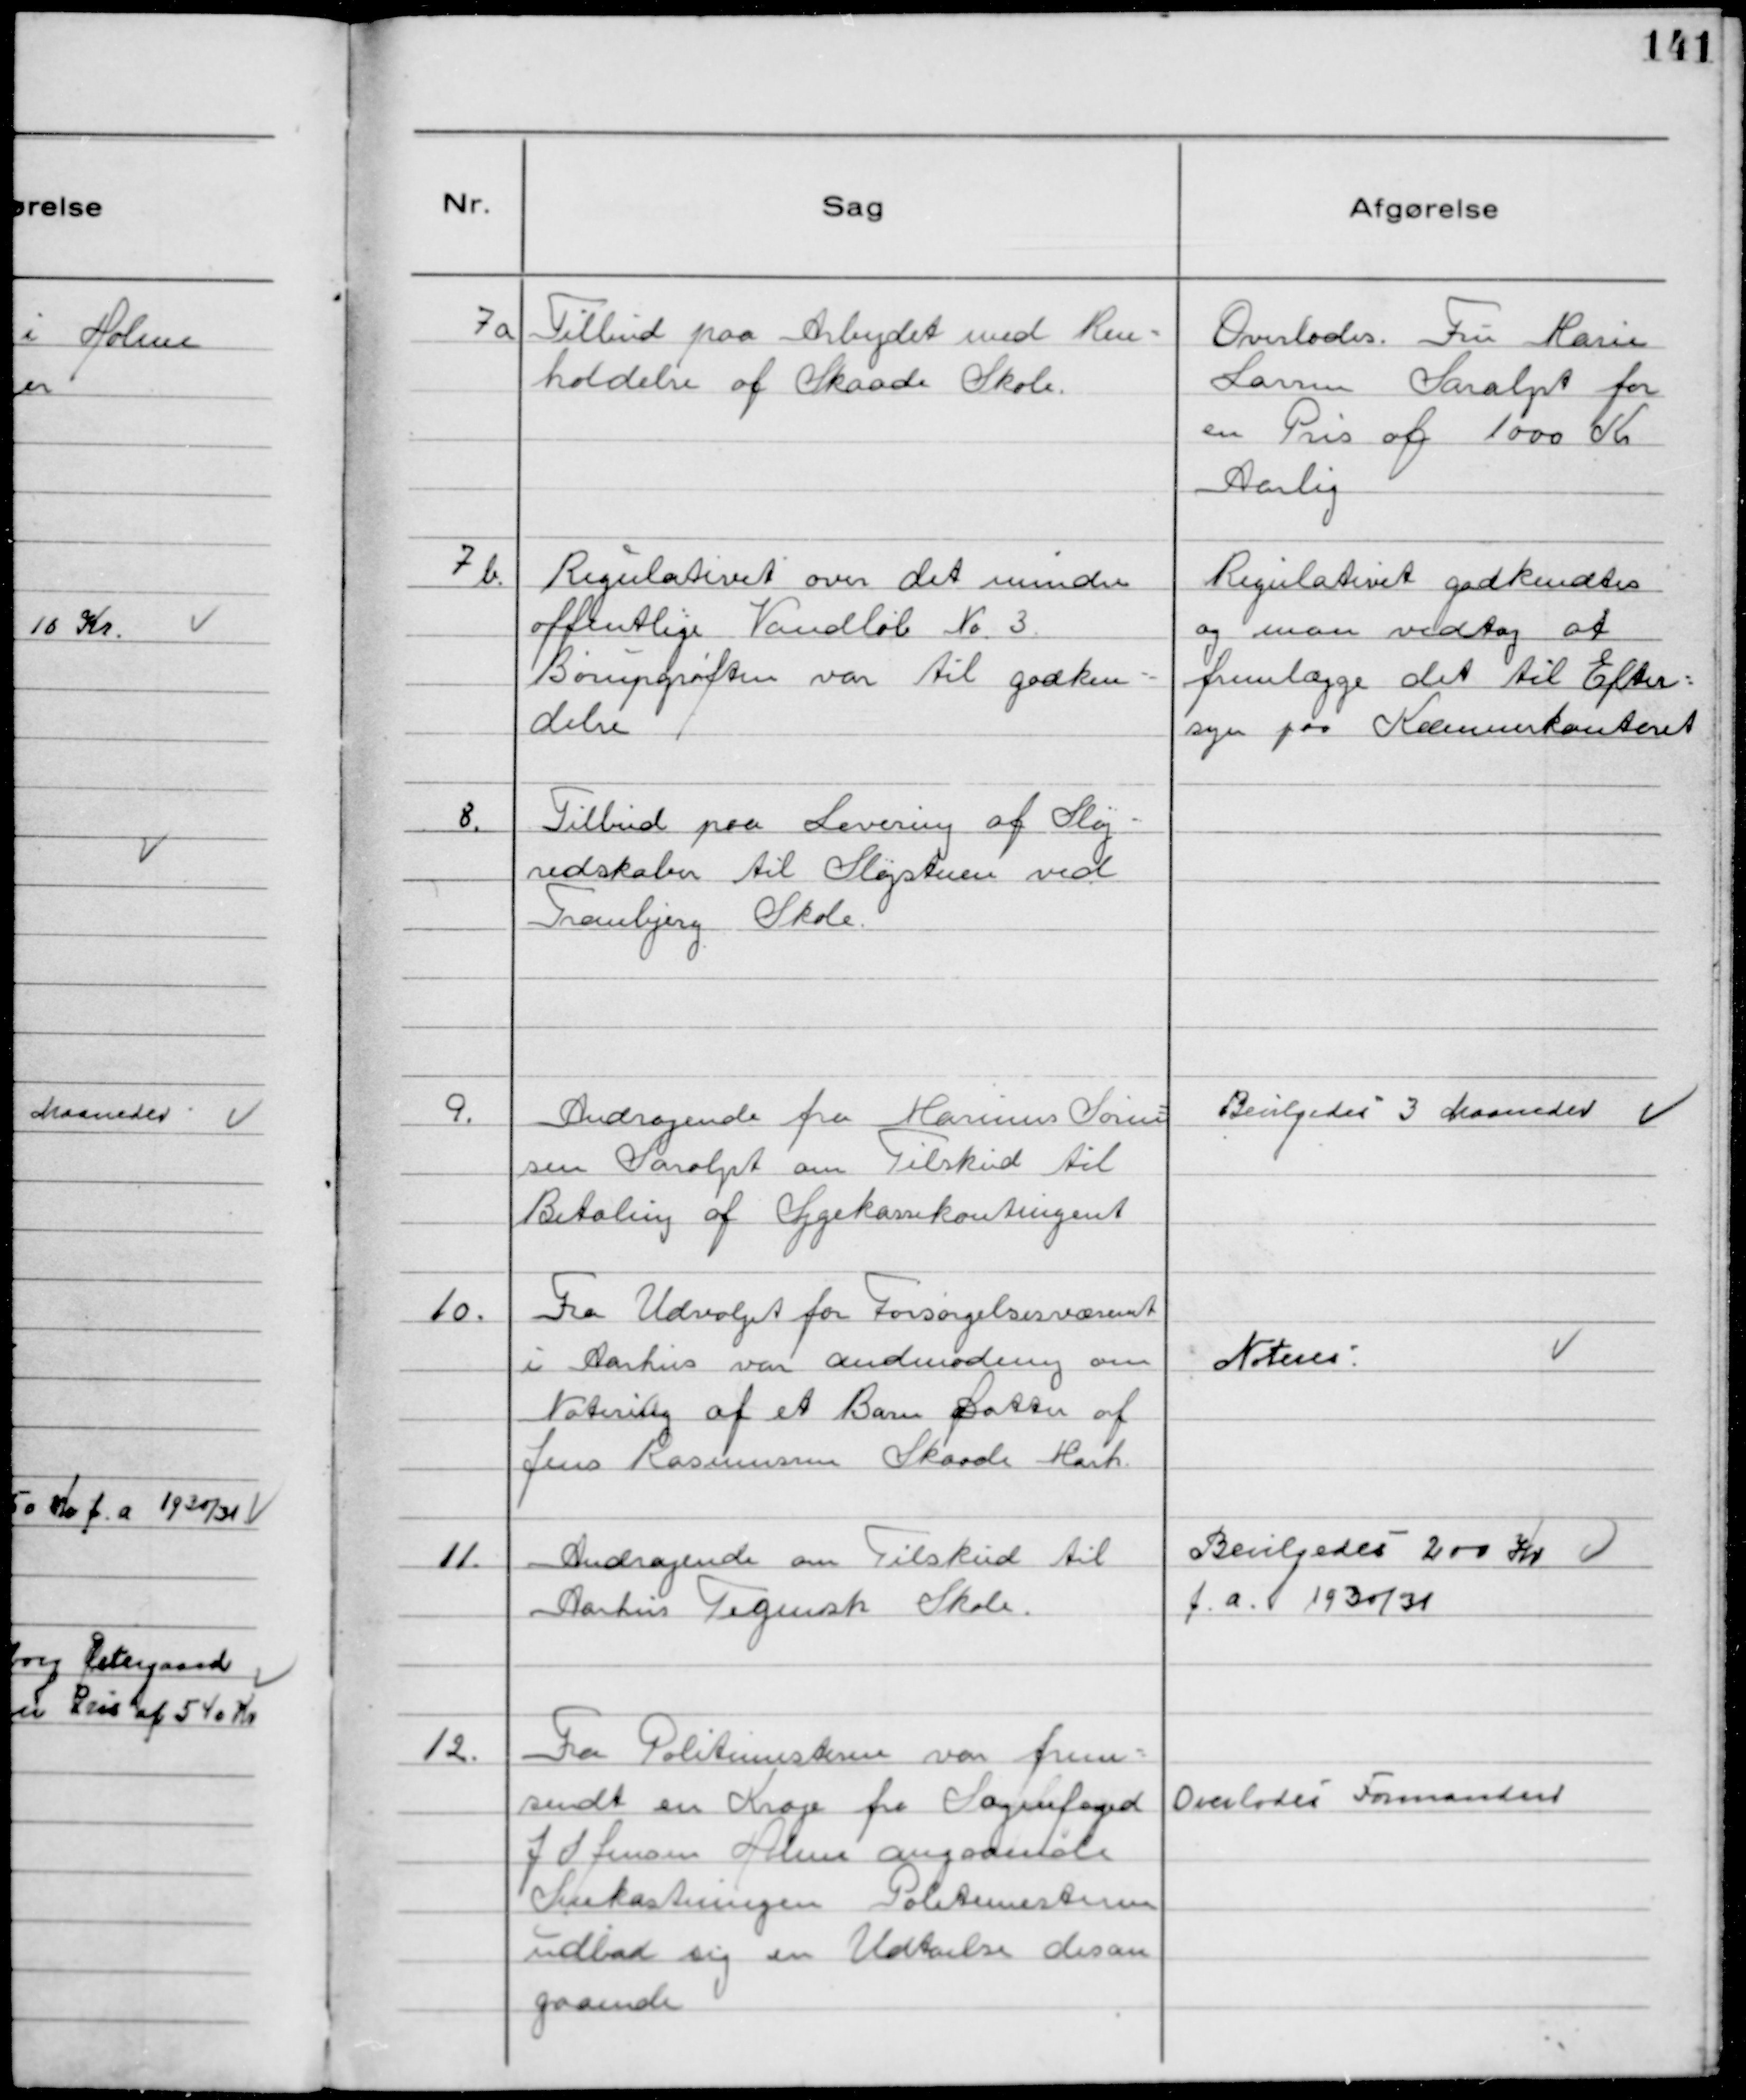
Transskription:
7a
Tilbud paa Arbejdet med Ren-
holdelse af Skaade Skole

Overlodes Fru Marie
Larsen Saralyst for
en Pris af 1000 Kr
Aarlig

7b.
Regulativet over det mindre
offentlige Vandløb №3
Børupgrøften var til godken-
delse

Regulativet godkendtes
og man vedtog at
fremlægge det til Efter-
syn paa Kommunekontoret

8.
Tilbud paa Levering af Sløj-
redskaber til Sløjstuen ved
Tranbjerg Skole.

9.
Andragende fra Marinus Søren-
sen Saralyst om Tilskud til
Betaling af Sygekassekontingent

Bevilgedes 3 Maaneder

10.
Fra Udvalget for Forsørgelsesvæsenet
i Aarhus var andmodning om
Notering af et Barn Datter af
Jens Rasmussen Skaade Mark.

Noteres

11.
Andragende om Tilskud til
Aarhus Tigensk Skole

Bevilgedes 200 Kr
f.a. 1930/31

12.
Fra Politimesteren var frem-
sendt en Krage fra Sognefoged
J S Jensen Holme angaaende
Snekastningen Politimesteren
udbad sig en Udtalelse desan
gaaende

Overlodes Formanden